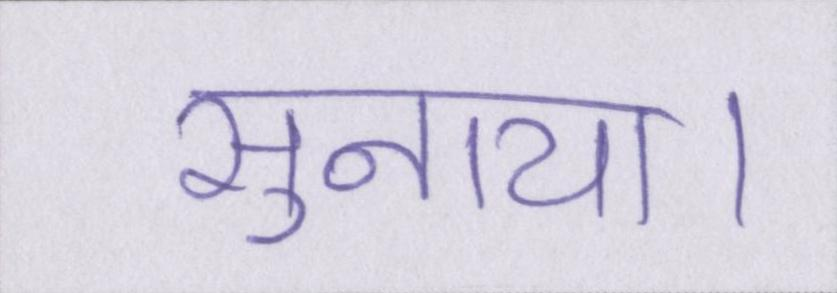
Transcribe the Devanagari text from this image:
सुनाया।